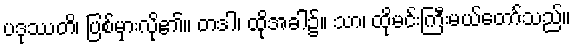
ပဒုဿတိ၊ ပြစ်မှားလို၏။ တဒါ၊ ထိုအခါ၌။ သာ၊ ထိုမင်းကြီးမယ်တော်သည်။